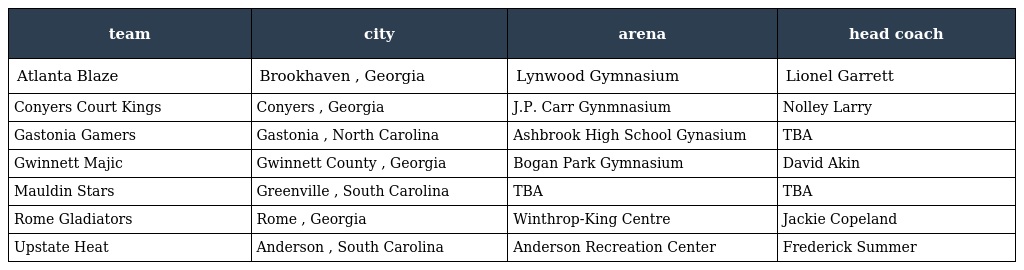
| team | city | arena | head coach |
 | --- | --- | --- | --- |
 | Atlanta Blaze | Brookhaven , Georgia | Lynwood Gymnasium | Lionel Garrett |
 | Conyers Court Kings | Conyers , Georgia | J.P. Carr Gynmnasium | Nolley Larry |
 | Gastonia Gamers | Gastonia , North Carolina | Ashbrook High School Gynasium | TBA |
 | Gwinnett Majic | Gwinnett County , Georgia | Bogan Park Gymnasium | David Akin |
 | Mauldin Stars | Greenville , South Carolina | TBA | TBA |
 | Rome Gladiators | Rome , Georgia | Winthrop-King Centre | Jackie Copeland |
 | Upstate Heat | Anderson , South Carolina | Anderson Recreation Center | Frederick Summer |